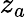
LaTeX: z_{a}